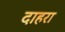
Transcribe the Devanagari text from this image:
दाहरा